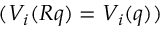
( V _ { i } ( \boldsymbol { R } \boldsymbol { q } ) = V _ { i } ( \boldsymbol { q } ) )